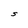
Character: S